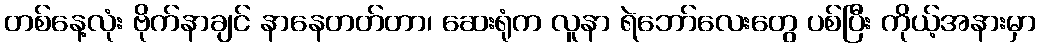
တစ်နေ့လုံး ဗိုက်နာချင် နာနေတတ်တာ၊ ဆေးရုံက လူနာ ရဲဘော်လေးတွေ ပစ်ပြီး ကိုယ့်အနားမှာ